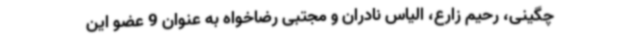
چگینی، رحیم زارع، الیاس نادران و مجتبی رضاخواه به عنوان 9 عضو این